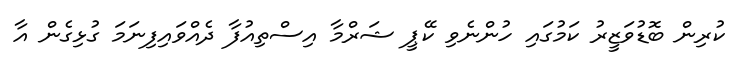
ކުރިން ބޮޑުވަޒީރު ކަމުގައި ހުންނެވި ކޭޕީ ޝަރްމާ އިސްތިއުފާ ދެއްވައިފިނަމަ ގުޅިގެން އާ